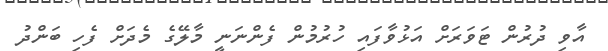
އާވި ދުރުން ޓަވަރަށް އަޅުވާފައި ހުރުމުން ފެންނަނީ މާލޭގެ މެދަށް ފެހި ބަންދު